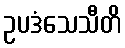
ဥပဒံသေသီတိ